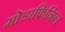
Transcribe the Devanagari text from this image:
मोडाफिनिल